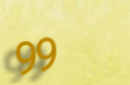
99¢